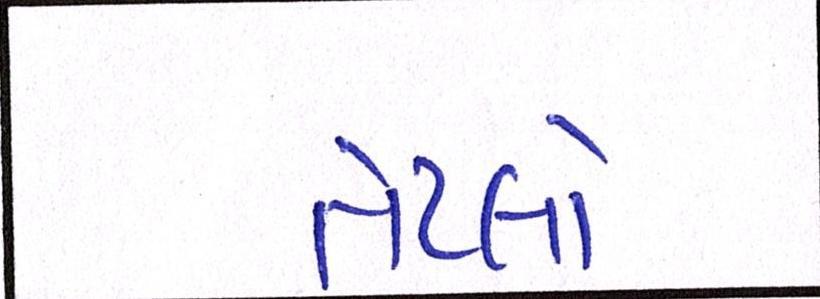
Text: તેટલો